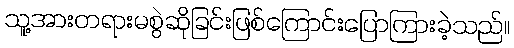
သူ့အားတရားမစွဲဆိုခြင်းဖြစ်ကြောင်းပြောကြားခဲ့သည်။